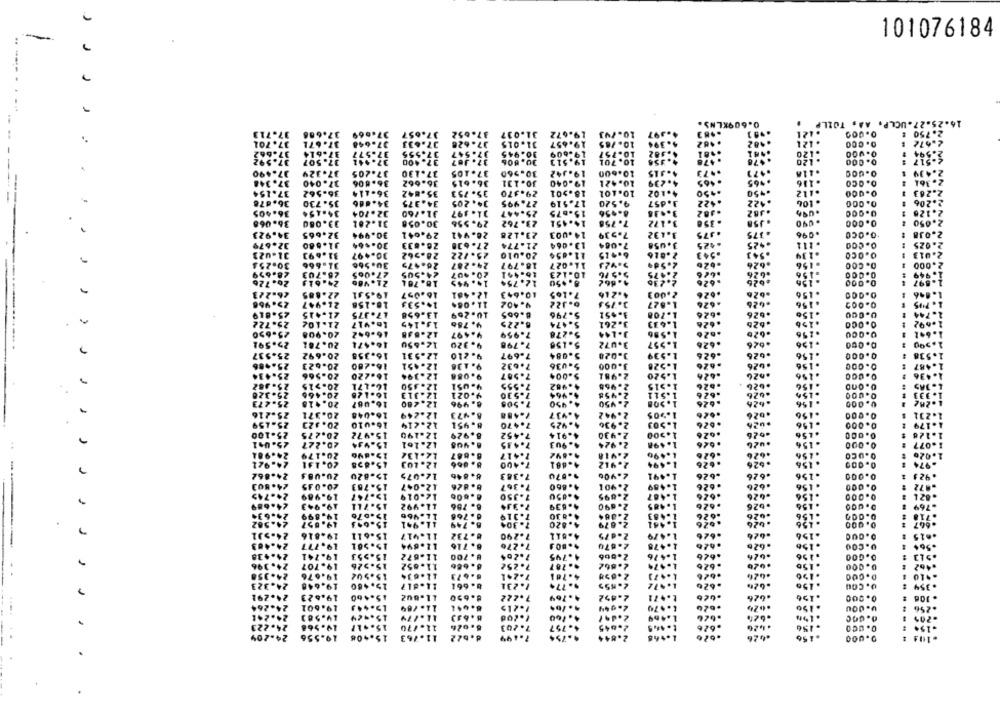
101076184
0.609KLNS .
16.25.27.UCLP. AA, TOILP .
37.
37.686
069
31.01
19.672
4.39T
0.000
2.750 ₺
37.701
37. 671
31.01
19.657
10. 785
4.394
.482
. 482
. 121
0.000
2.672
37.66
37-614
37-577
30.94
19.609
10-757
4.582
.181
.120
2.594
37.592
37.507
37.441
37.400
30.80
19.513
10.701
4.356
.$78
. 120
0.000
2.517 :
37.490
37.329
37.205
37.130
30.96
19.342
10-600
4.315
.473
.47)
.118
0.000
2.439 1
37.348
37.040
36.806
36.662
30. 1
19.040
10.421
4.239
.465
965
.116
0.0co
2.361 1
37.154
36-562
36-114
35.842
29-3
18.501
10.101
4.102
.450
.450
.112
0.000
2.263 1
36-678
35.730
34-666
27.
17.519
3.657
.422
. 106
0.000
2.206
36.405
34-15
32.104
15-675
8-956
.JB2
0.000
2.126
36.068
0.058
23. 76
7.756
. 350
. 358
0.000
2.050
34.923
DRO"EE
32.665
197"TE
9.041
23.
14.003
7.539
3.432
375
375
.096
.0.000
2.038
13.064
.425
.925
.111
2.025
32-679
31.660
30-+64
7.084
3.058
31-U23
31.691
30-497
1-562
20.4
11.654
6.415
2.016
.543
.543
.139
0.000
2.013
30-254
18
11.027
.b2b
.626
.156
2.000
999 -TE
28.699
26.703
27.065
10-123
5.5 16
2.475
626
.156
0.000
1.949
26-726
24.613
21.486
0. 70 L
8.+50
2.236
.626
.₺26
.156
0.000
26-283
22-885
19.541
.057
7.165
7994
4.216
.626
.626
.156
1.046 !
1.947
6.322
2.755
1.627
.626
.626
.156
1.7415
5.796
1.$51
1.708
.626
.626
.156
COO.O
0.000
1.744
25.722
3.261
.196
0.000
5.474
1.633
.626
.625
25-650
701-17
20.908
5.278
J-144
1.596
.626
0.000
769.1
1.642
25.591
20.781
5.150
3.U72
1.557
.626
.156
0.000
979+
25-537
20.692
5.084
3.028
.626
626
.156
0.000
1.538
25-486
20-623
5.036
3.000
1.528
.626
.426
.156
0.000
1.487
25-43
20.566
5.004
.626
.626
.156
0.000
1.436
4.482
2.968
074'1
1.515
.626
.625
.156
0.000
4.964
2.458
.626
.426
-156
1.333
20.1
1.511
.626
4.950
2.450
1.508
.626
. 156
0.000
20.3
4.437
2.942
.o2b
.026
.156
0.000
1.231
4.425
2.936
1.503
.626
.156
0.000
1.179
20.4
4.914
2.930
1.500
.626
.156
0.000
.0.1
4.903
2.924
1.498
.626
970º
. 156
0.000
1.077
2.918
1.490
.626
.626
4-681
2.912
1.494
.626
.526
.156
0.000
970'T
.. 070
2.90₺
1.491
.626
.626
.156
0.000
. 921
4.860
1.489
.626
.626
. 156
0.000
.872
106.2
1.487
.626
.&26
.156
0.000
. 82 L
4.839
2.690
1.485
.626
.৳26
. 156
.769
.76
.626
0.000
15.693
4.830
:138
0.000
11.941
4.820
2.679
.626
24.93
0.73
7.290
4-811
2.075
1.479
.626
.626
.156
0.000
.. 15
24.4
19.7
501
7.276
2.870
.626
626
24-438
7-204
4.795
2.006
.156
0.000
7.252
.. 787
.626
0.000
.620
24.323
19.0
7.231
.626
.626
U.Cou
1.769
2.492
15.460
L1.842
1.690
7.222
.196
0.000
.106
100
2=944
1.$79
+150
U.JOU
.256
160
-201
1.2Od
757
0.000
-150
11.770
7.203
0.000
.426
0.000
........